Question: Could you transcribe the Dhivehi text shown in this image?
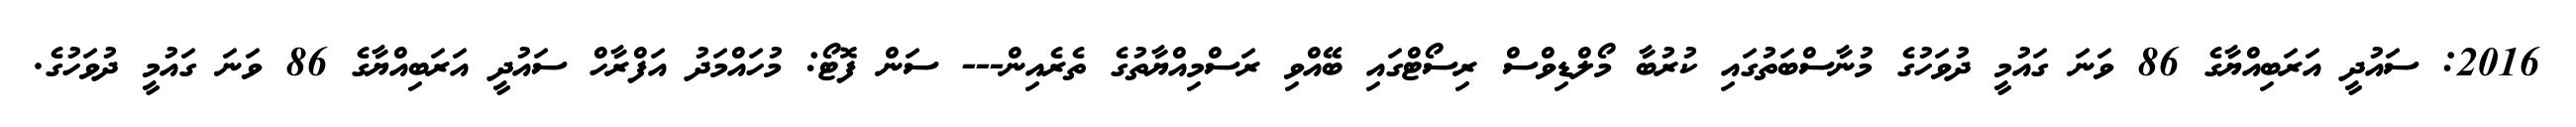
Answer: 2016: ސައުދީ އަރަބިއްޔާގެ 86 ވަނަ ގައުމީ ދުވަހުގެ މުނާސްބަތުގައި ކުރުބާ މޯލްޑިވްސް ރިސޯޓްގައި ބޭއްވި ރަސްމިއްޔާތުގެ ތެރެއިން--- ސަން ފޮޓޯ: މުހައްމަދު އަފްރާހް ސައުދީ އަރަބިއްޔާގެ 86 ވަނަ ގައުމީ ދުވަހުގެ.